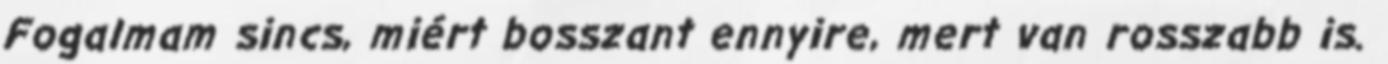
Fogalmam sincs, miért bosszant ennyire, mert van rosszabb is.